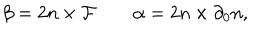
\beta = 2 n \times { \cal F } \qquad \alpha = 2 n \times \partial _ { 0 } n ,